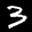
Label: 3